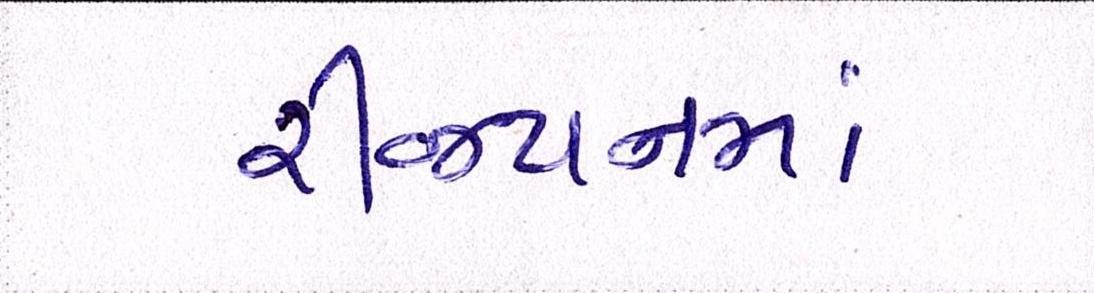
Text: રીજયનમાં